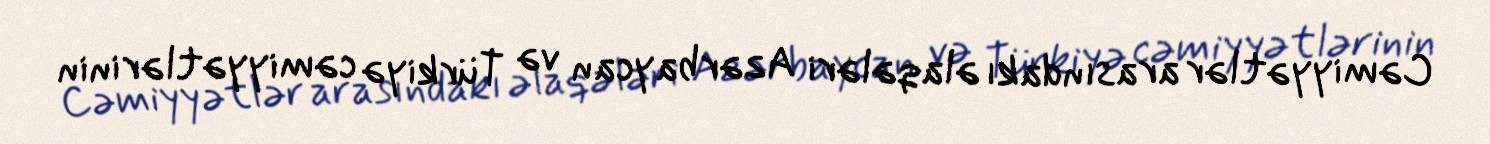
Cəmiyyətlər arasındakı əlaqələri Azərbaycan və Türkiyə cəmiyyətlərinin